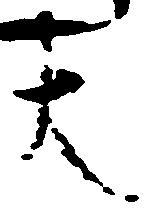
大